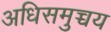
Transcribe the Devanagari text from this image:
अधिसमुच्चय